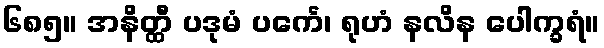
၆၈၅။ အနိတ္ထီ ပဒုမံ ပင်္ကေ၊ ရုဟံ နလိန ပေါက္ခရံ။